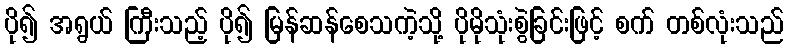
ပို၍ အရွယ် ကြီးသည့် ပို၍ မြန်ဆန်စေသကဲ့သို့ ပိုမိုသုံးစွဲခြင်းဖြင့် စက် တစ်လုံးသည်